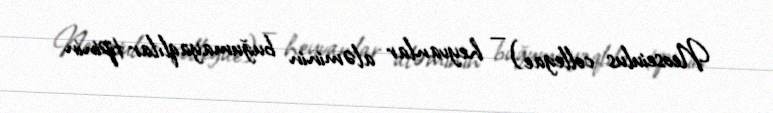
Neoseiulus collegae) — heyvanlar aləminin buğumayaqlılar tipinin